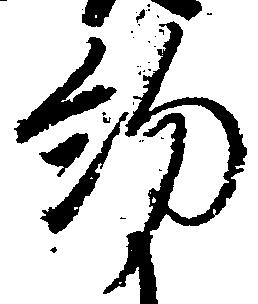
約